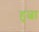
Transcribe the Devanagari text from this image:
हुल्वा